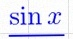
sin x